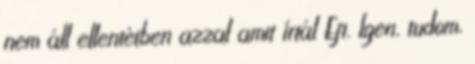
nem áll ellentétben azzal amit írtál Efi. Igen, tudom,